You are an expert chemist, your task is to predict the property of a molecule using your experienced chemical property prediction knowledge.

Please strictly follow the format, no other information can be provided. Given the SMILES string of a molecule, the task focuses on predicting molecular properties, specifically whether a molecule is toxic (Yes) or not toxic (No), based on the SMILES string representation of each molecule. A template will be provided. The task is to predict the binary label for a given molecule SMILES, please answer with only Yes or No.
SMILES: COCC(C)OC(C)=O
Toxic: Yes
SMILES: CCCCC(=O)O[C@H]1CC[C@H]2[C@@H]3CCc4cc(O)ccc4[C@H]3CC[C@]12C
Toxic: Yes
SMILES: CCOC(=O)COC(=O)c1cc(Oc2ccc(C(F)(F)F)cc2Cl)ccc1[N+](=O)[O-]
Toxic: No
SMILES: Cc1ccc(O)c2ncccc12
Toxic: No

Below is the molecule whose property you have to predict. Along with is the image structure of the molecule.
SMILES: Cc1cc(=O)oc2cc(O)ccc12
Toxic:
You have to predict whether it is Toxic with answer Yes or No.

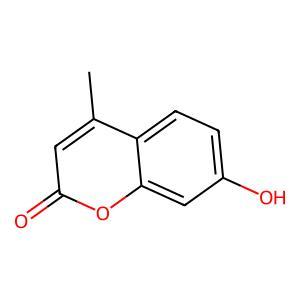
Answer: No